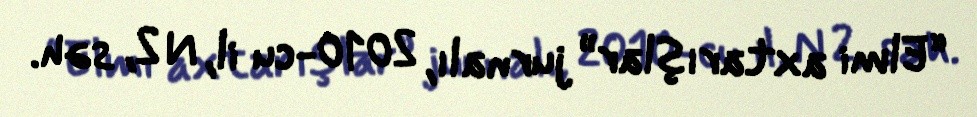
“Elmi axtarışlar” jurnalı, 2010-cu il, N 2, səh.